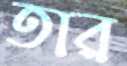
তার